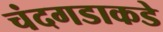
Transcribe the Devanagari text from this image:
चंदगडाकडे